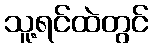
သူ့ရင်ထဲတွင်